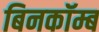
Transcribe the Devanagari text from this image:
बिनकॉम्ब